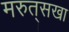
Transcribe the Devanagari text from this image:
मरुत्‌सखा